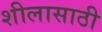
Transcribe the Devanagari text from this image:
शीलासाठी